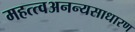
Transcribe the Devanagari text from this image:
महत्त्वअनन्यसाधारण